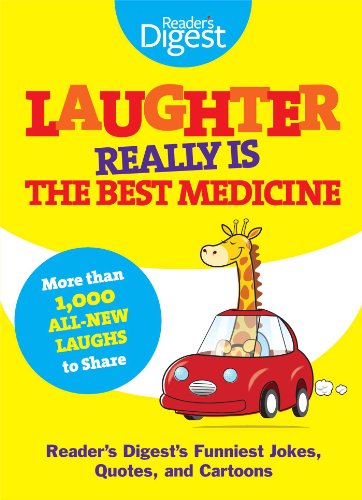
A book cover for Laughter Really Is The Best Medicine: America's Funniest Jokes, Stories, and Cartoons; Editors of Reader's Digest; Humor & Entertainment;